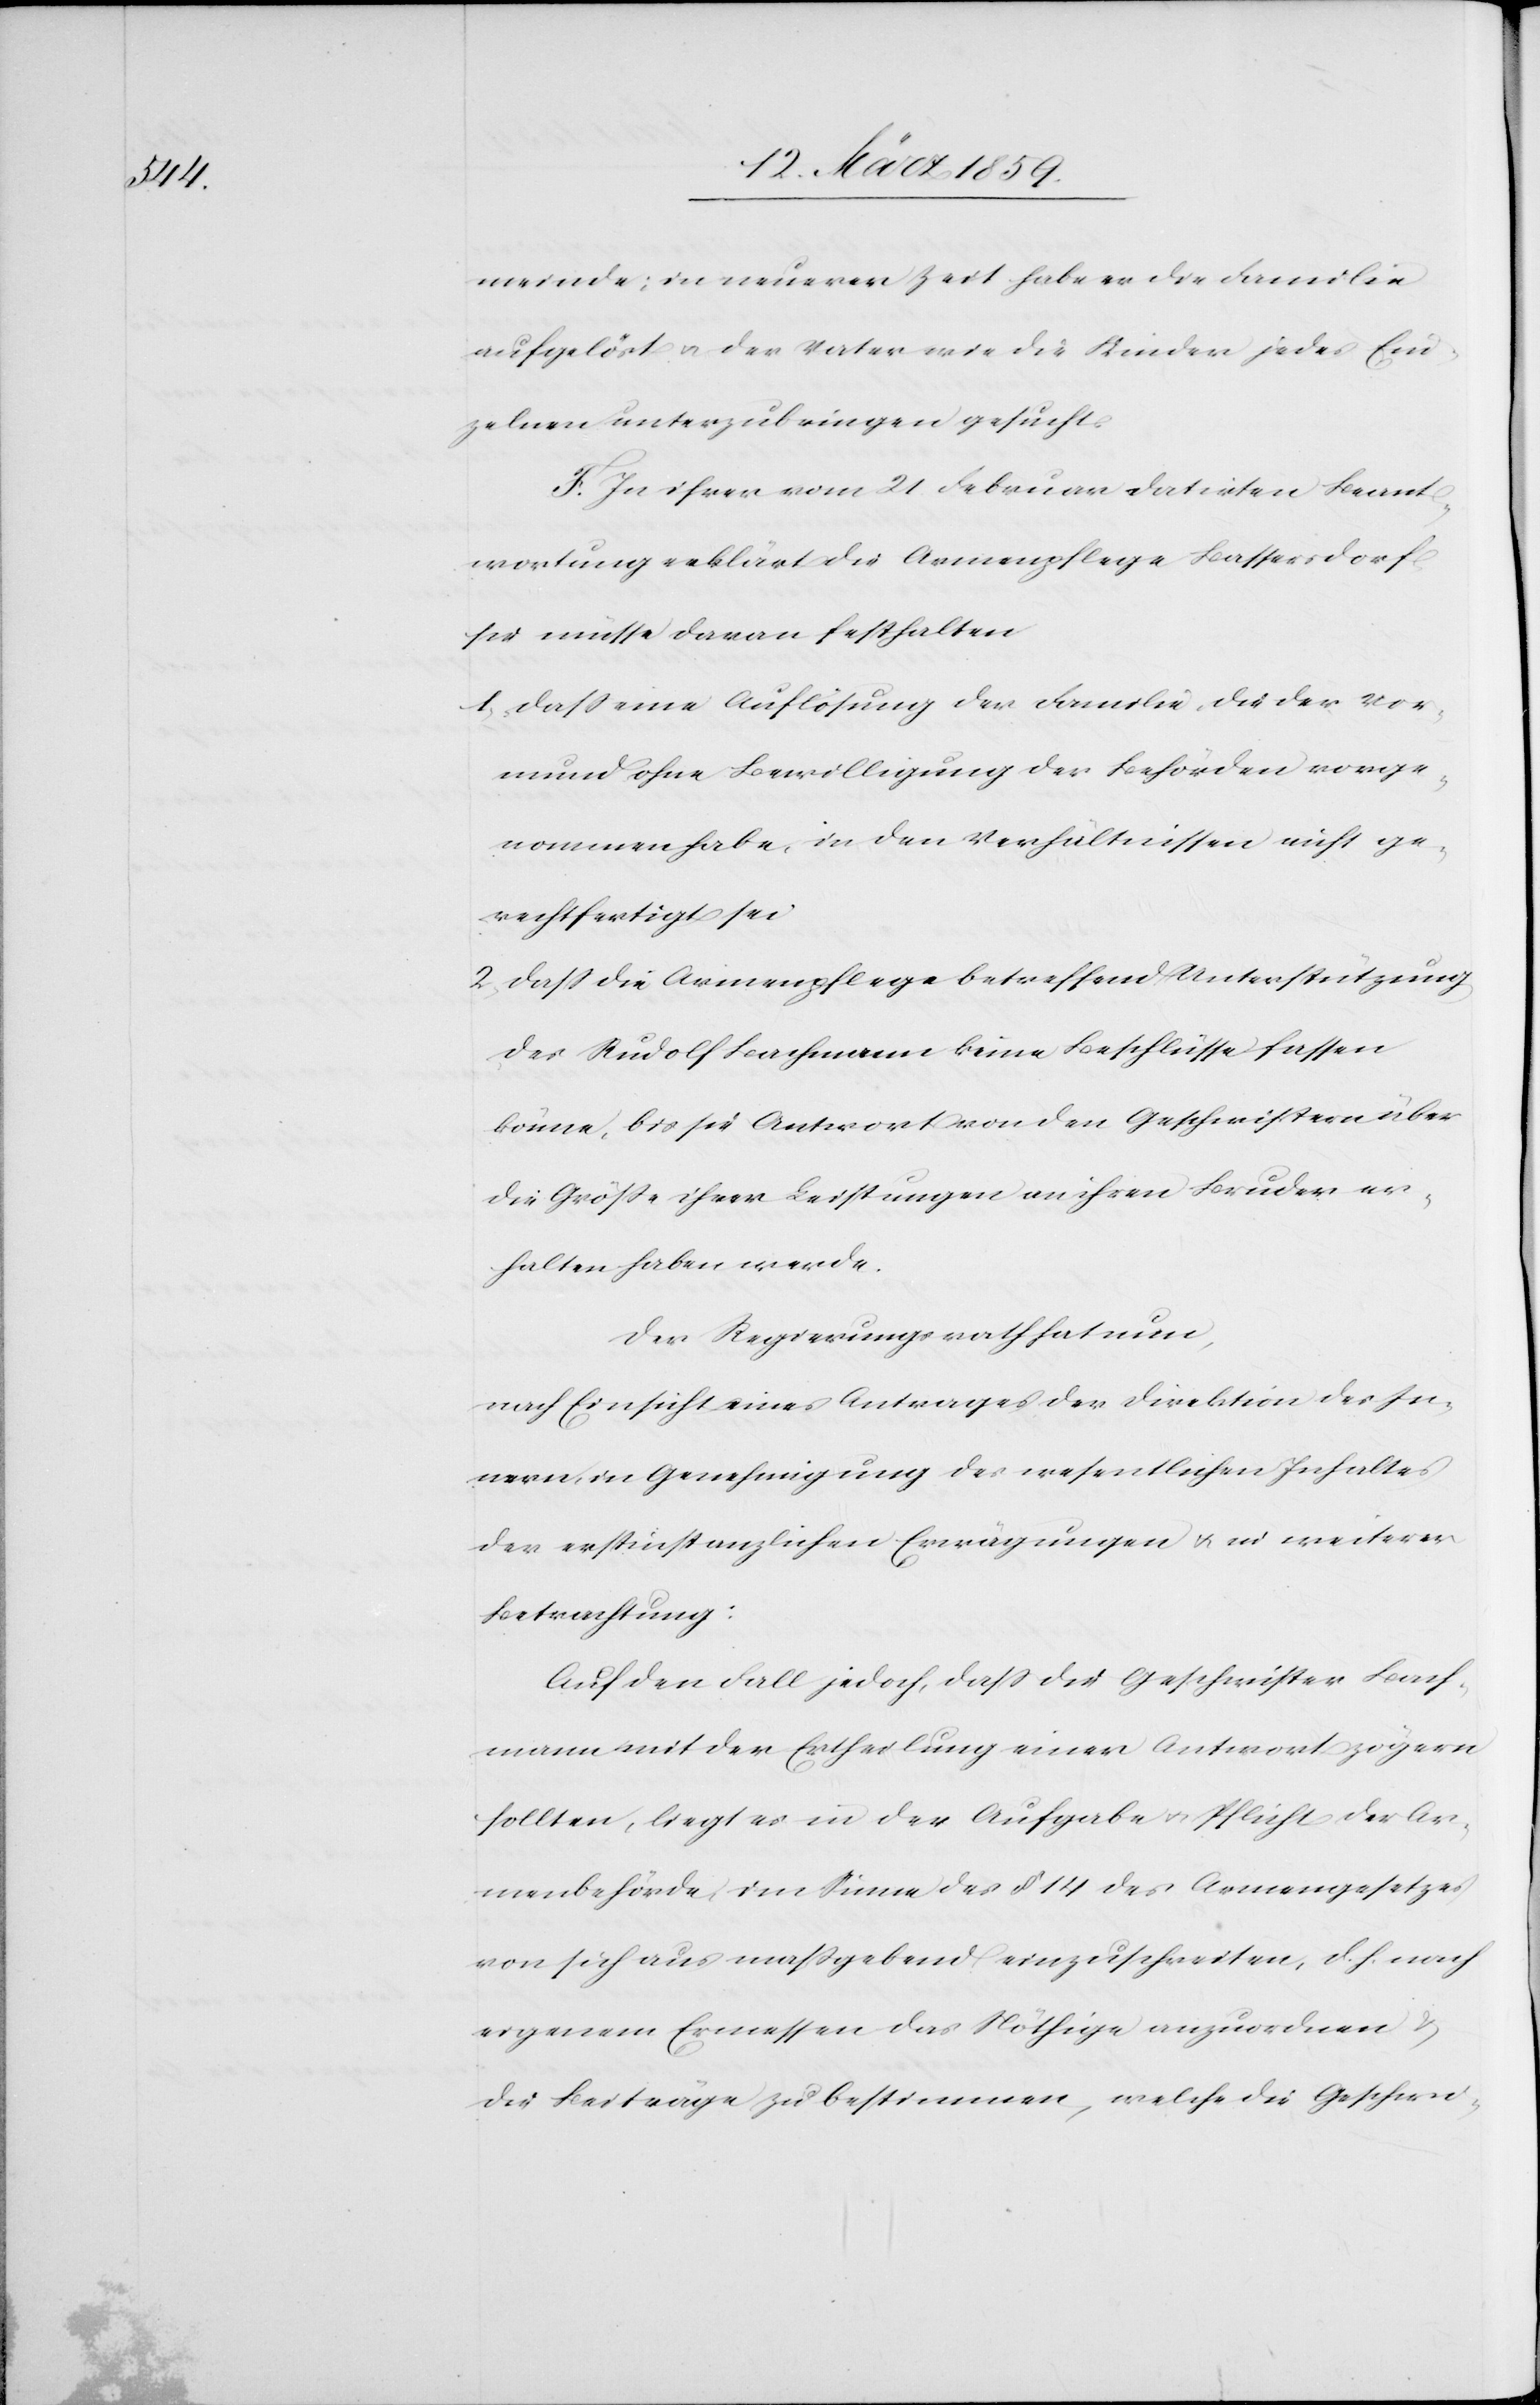
meinde; in neuerer Zeit habe er die Familie
aufgelöst u. der Vater wie die Kinder jedes Ein¬
zelnen unterzubringen gesucht.
F. In ihrer vom 21. Februar datirten Beant¬
wortung erklärt die Armenpflege Bassersdorf
sie müsse daran festhalten.
1) daß eine Auflösung der Familie, die der Vor¬
mund ohne Bewilligung der Behörden vorge¬
nommen habe, in den Verhältnissen nicht ge¬
rechtfertigt sei.
2) daß die Armenpflege betreffend Unterstützung
des Rudolf Bachmann keine Beschlüsse fassen
könne, bis sie Antwort von den Geschwistern über
die Größe ihrer Leistungen an ihren Bruder er¬
halten haben werde.
Der Regierungsrath hat nun,
nach Einsicht eines Antrages der Direktion des In¬
nern, in Genehmigung des wesentlichen Inhaltes
der erstinstanzlichen Erwägungen u. in weiterer
Betrachtung:
Auf den Fall jedoch, daß die Geschwister Bach¬
mann mit der Ertheilung einer Antwort zögern
sollten, liegt es in der Aufgabe u. Pflicht der Ar¬
menbehörde, in Sinne des § 14 des Armengesetzes
von sich aus maßgebend einzuschreiten, d. h. nach
eigenem Ermessen das Nöthige anzuordnen &
die Beiträge zu bestimmen, welche die Geschwi-